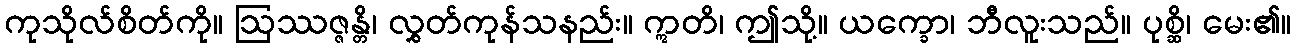
ကုသိုလ်စိတ်ကို။ ဩဿဇ္ဇန္တိ၊ လွှတ်ကုန်သနည်း။ ဣတိ၊ ဤသို့။ ယက္ခော၊ ဘီလူးသည်။ ပုစ္ဆိ၊ မေး၏။